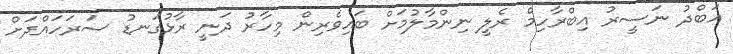
އަބްދު ނަސީރު އިބްރާހިމް ރެލީ ނިންމާލުމަށް ބައިވެރިން މިހާރު ދަނީ ރާޅުގަނޑު ސަރަހައްދަށް